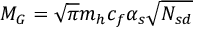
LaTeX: M _ { G } = \sqrt { \pi } m _ { h } c _ { f } \alpha _ { s } \sqrt { N _ { s d } }